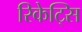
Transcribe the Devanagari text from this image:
रिकेट्सि